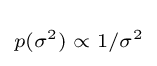
\scriptstyle {p(\sigma ^{2})\;\propto \;1/\sigma ^{2}}